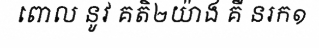
ពោល នូវ គតិ២យ៉ាង គឺ នរក១